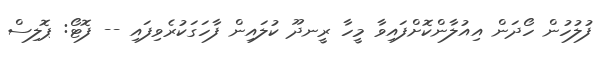
ފުލުހުން ހޯދަން އިއުލާންކޮށްފައިވާ މީހާ ރީނދޫ ކުލައިން ފާހަގަކުރެވިފައި -- ފޮޓޯ: ޕޮލިސް